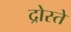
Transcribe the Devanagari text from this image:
द्रोस्ते